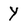
Character: y